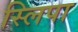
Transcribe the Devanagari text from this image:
स्लिपा